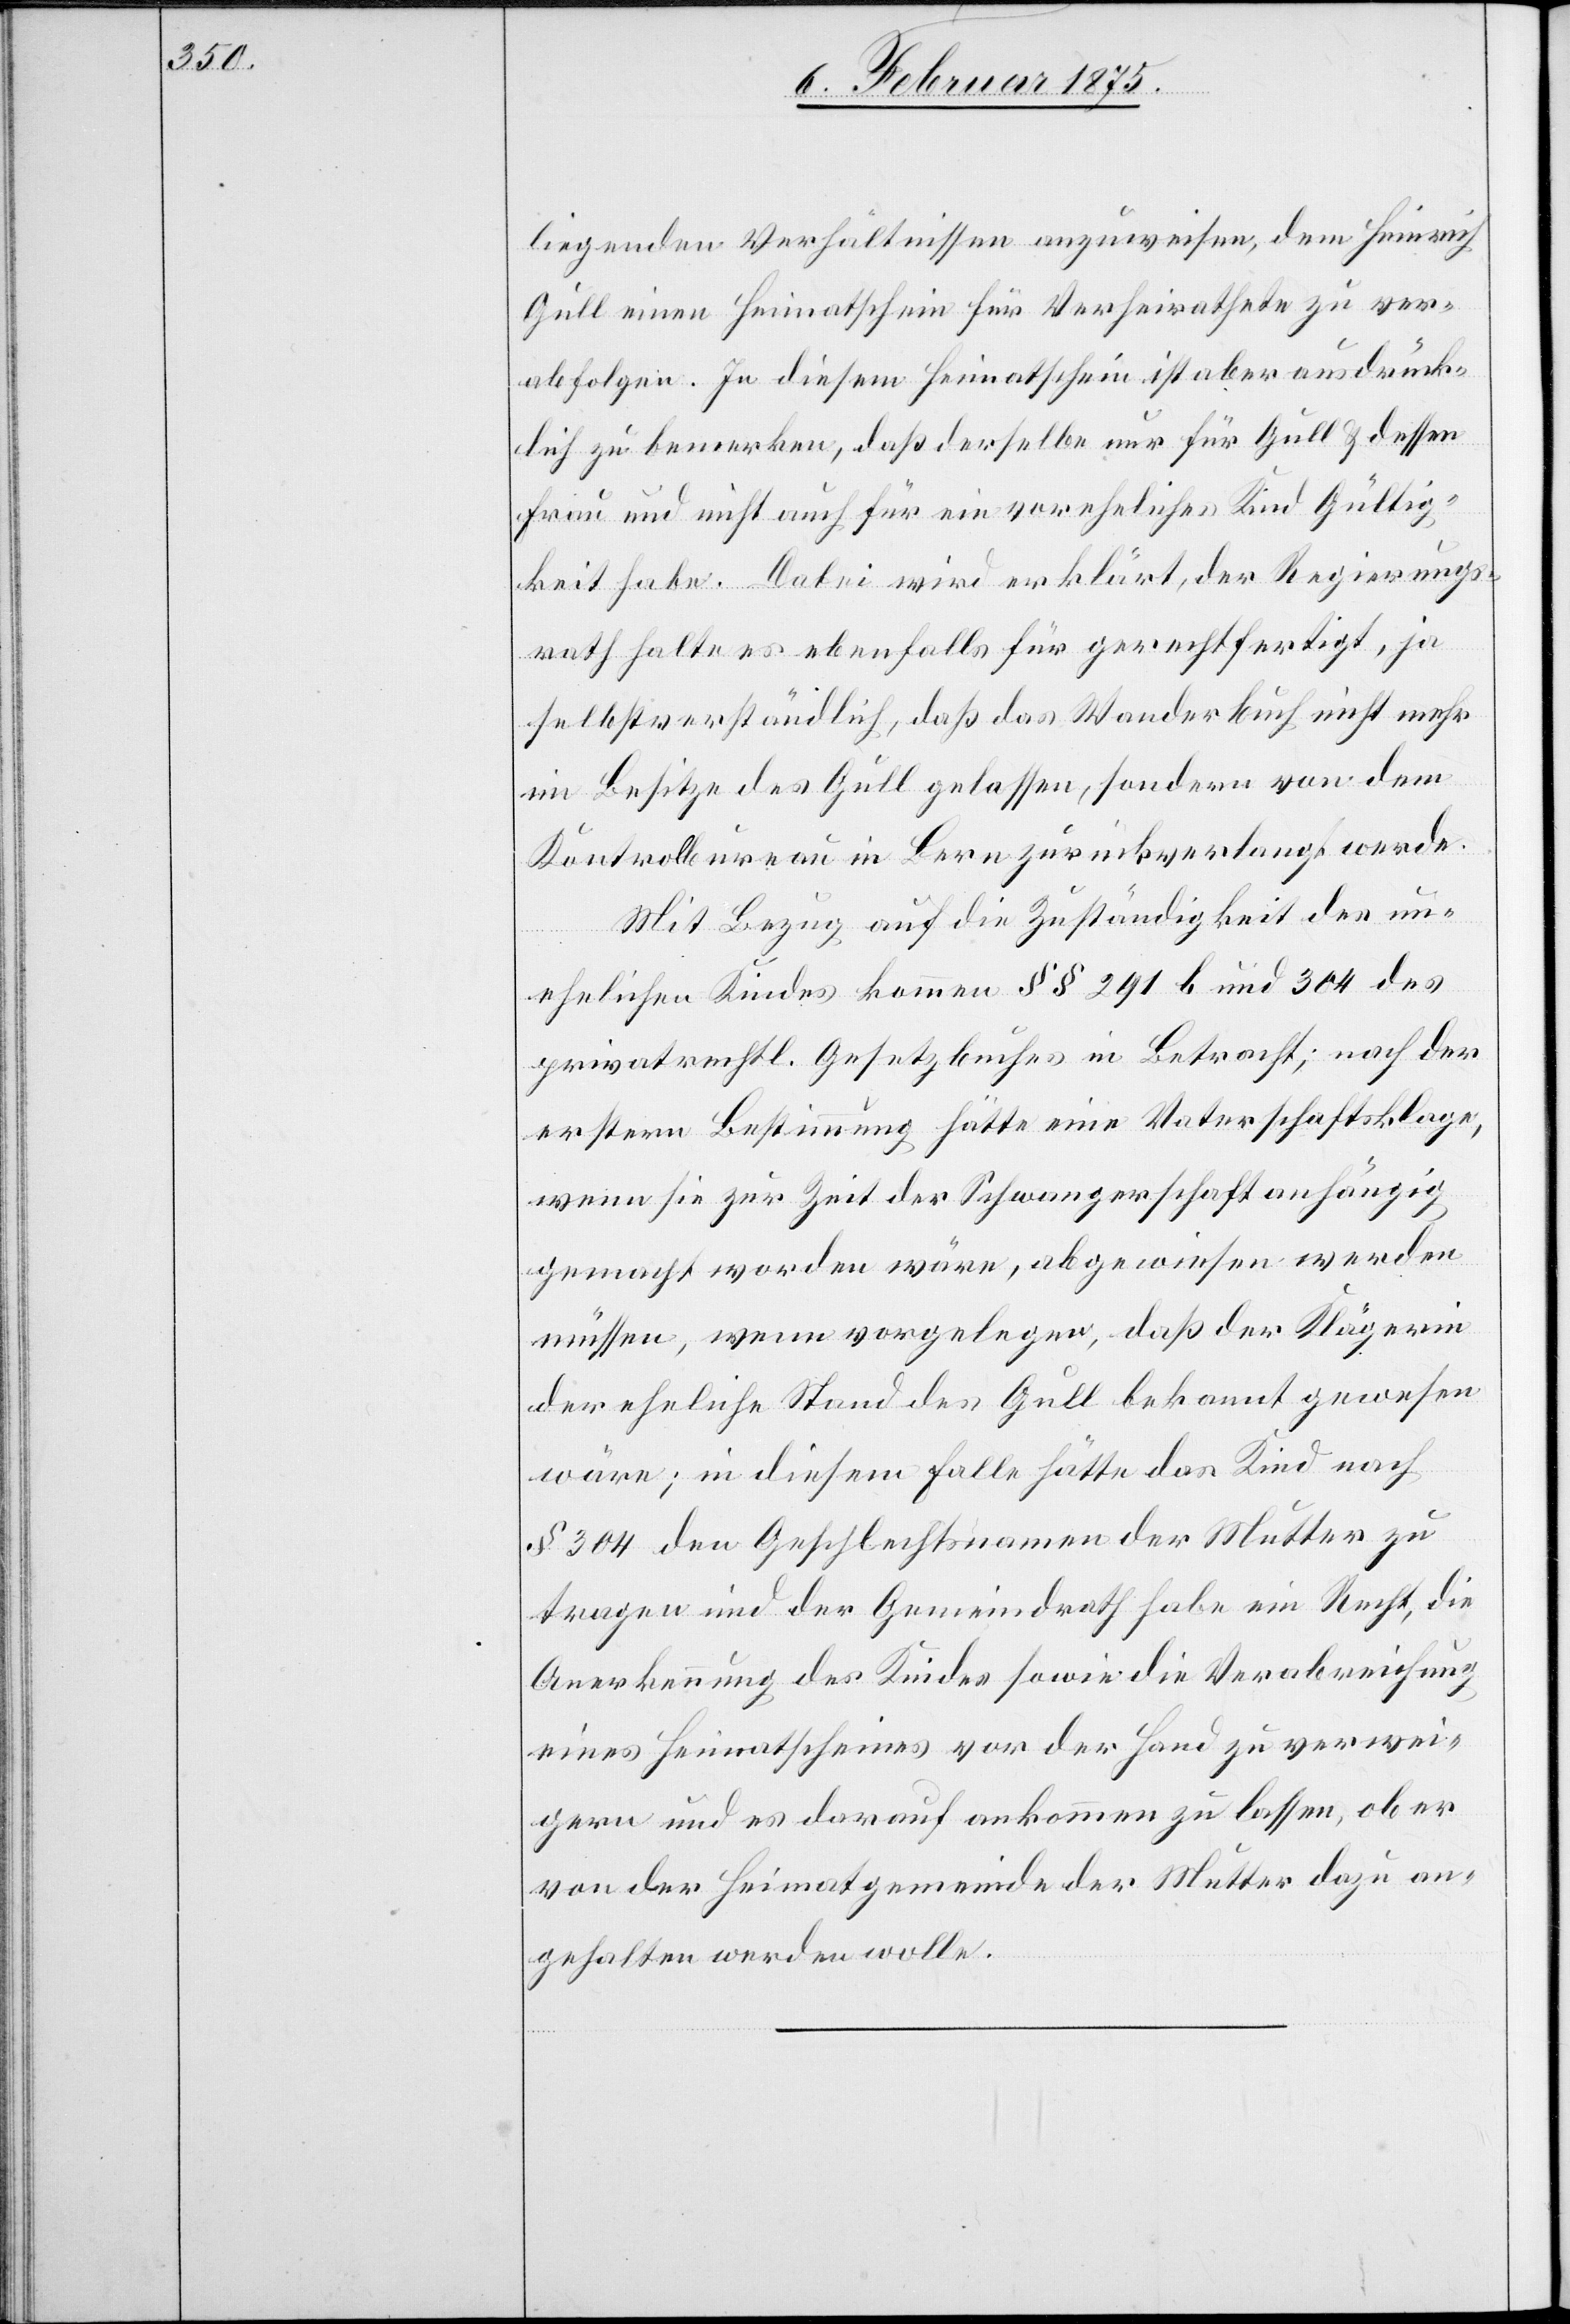
liegenden Verhältnissen anzuweisen, dem Heinrich
Gull einen Heimatschein für Verheirathete zu ver¬
abfolgen. In diesem Heimatschein ist aber ausdrück¬
lich zu bemerken, daß derselbe nur für Gull & dessen
Frau und nicht auch für ein voreheliches Kind Gültig¬
keit habe. Dabei wird erklärt, der Regierungs¬
rath halte es ebenfalls für gerechtfertigt, ja
selbstverständlich, daß das Wanderbuch nicht mehr
im Besitze des Gull gelassen, sondern von dem
Kontrolbureau in Bern zurückverlangt werde.
Mit Bezug auf die Zuständigkeit des un¬
ehelichen Kindes kommen §§ 291 und 304 des
privatrechtl. Gesetzbuches in Betracht; nach der
erstern Bestimmung hätte eine Vaterschaftsklage,
wenn sie zur Zeit der Schwangerschaft anhängig
gemacht worden wäre, abgewiesen werden
müssen, wenn vorgelegen, daß der Klägern
der eheliche Stand des Gull bekannt gewesen
wäre; in diesem Falle hätte das Kind nach
§ 304 den Geschlechtsnamen der Mutter zu
tragen und der Gemeindrath habe in Recht, die
Anerkennung des Kindes sowie die Verabreichung
eines Heimatscheines vor der Hand zu verwei¬
gern und es darauf ankommen zu lassen, ob er
von der Heimatsgemeinde der Mutter dazu an¬
gehalten werden wolle.